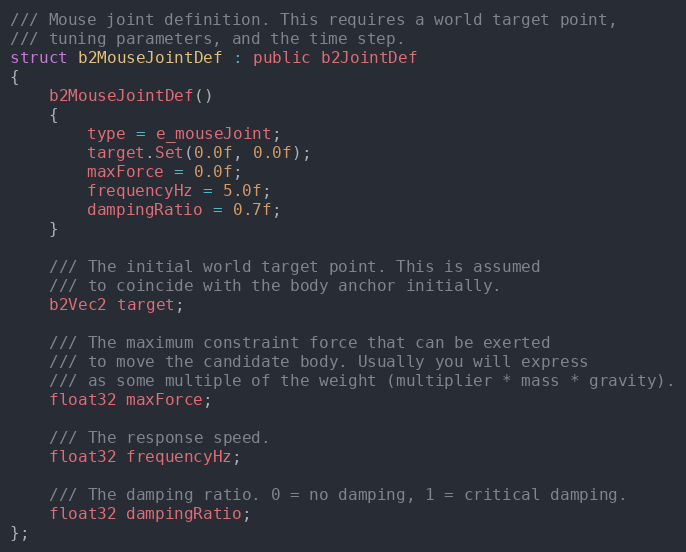
Language: C
/// Mouse joint definition. This requires a world target point,
/// tuning parameters, and the time step.
struct b2MouseJointDef : public b2JointDef
{
	b2MouseJointDef()
	{
		type = e_mouseJoint;
		target.Set(0.0f, 0.0f);
		maxForce = 0.0f;
		frequencyHz = 5.0f;
		dampingRatio = 0.7f;
	}

	/// The initial world target point. This is assumed
	/// to coincide with the body anchor initially.
	b2Vec2 target;

	/// The maximum constraint force that can be exerted
	/// to move the candidate body. Usually you will express
	/// as some multiple of the weight (multiplier * mass * gravity).
	float32 maxForce;

	/// The response speed.
	float32 frequencyHz;

	/// The damping ratio. 0 = no damping, 1 = critical damping.
	float32 dampingRatio;
};